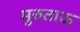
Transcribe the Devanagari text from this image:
मुरुताऊ